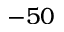
- 5 0